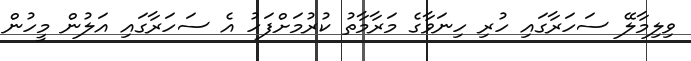
ވިލިމާލޭ ސަހަރާގައި ހުރި ހިނަވާގެ މަރާމާތު ކުރުމަށްފަހު އެ ސަހަރާގައި އަލުން މީހުން